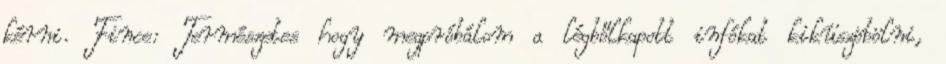
kérni. Fince: Természetes hogy megpróbálom a légbőlkapott infókat kiküszöbölni,